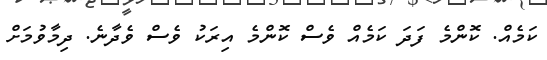
ކަމެއް. ކޮންމެ ފަދަ ކަމެއް ވެސް ކޮންމެ އިރަކު ވެސް ވެދާނެ. ދިމާވުމަށް